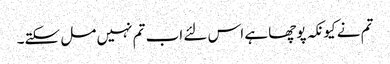
تم نے کیونکہ پوچھا ہے اس لئے اب تم نہیں مل سکتے۔